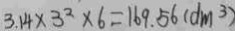
3 . 1 4 \times 3 ^ { 2 } \times 6 = 1 6 9 . 5 6 ( d m ^ { 3 } )